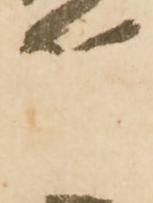
兵